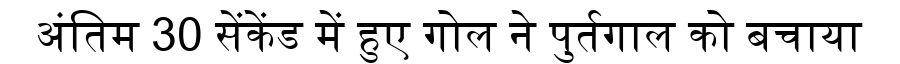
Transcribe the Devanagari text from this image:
अंतिम 30 सेंकेंड में हुए गोल ने पुर्तगाल को बचाया